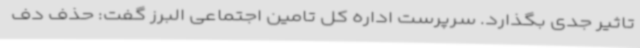
تاثیر جدی بگذارد. سرپرست اداره کل تامین اجتماعی البرز گفت: حذف دف